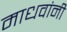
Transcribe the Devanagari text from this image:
माधवांनी